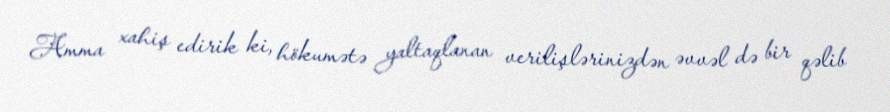
Amma xahiş edirik ki, hökumətə yaltaqlanan verilişlərinizdən əvvəl də bir qəlib